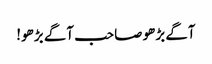
آگے بڑھو صاحب آگے بڑھو!